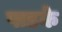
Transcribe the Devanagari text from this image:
पाडके